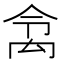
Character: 𱵹